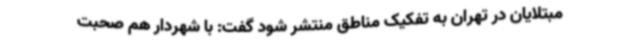
مبتلایان در تهران به تفکیک مناطق منتشر شود گفت: با شهردار هم صحبت